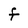
Character: F